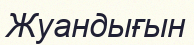
Жуандығын